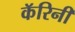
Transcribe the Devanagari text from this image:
कॅरिनी